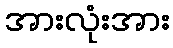
အားလုံးအား